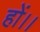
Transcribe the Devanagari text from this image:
हों।।